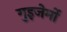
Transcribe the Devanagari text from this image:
गुइजेर्मो